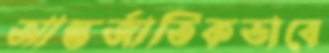
আন্তর্জাতিকভাবে